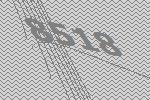
8518